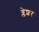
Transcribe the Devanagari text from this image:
ब्लेशर